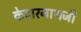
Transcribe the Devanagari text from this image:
केदारनाथजी